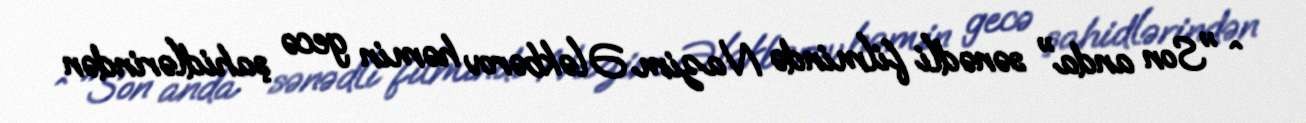
^ "Son anda" sənədli filmində Nazim Ələkbərov həmin gecə şahidlərindən